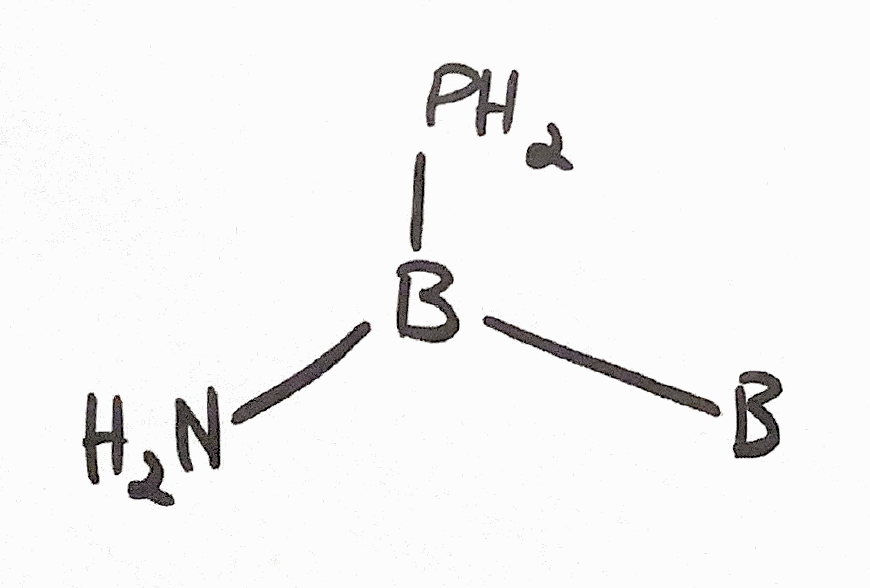
Simplified molecular-input line-entry system (SMILES) notation of the given molecule:
[B]B(N)P